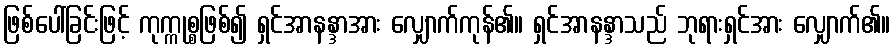
ဖြစ်ပေါ်ခြင်းဖြင့် ကုက္ကုစ္စဖြစ်၍ ရှင်အာနန္ဒာအား လျှောက်ကုန်၏။ ရှင်အာနန္ဒာသည် ဘုရားရှင်အား လျှောက်၏။